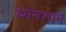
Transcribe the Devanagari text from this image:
थ्येनशान